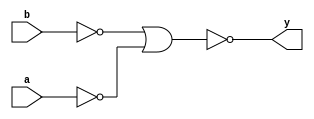
module norToand(input a, b, output y);

wire w1, w2;

nor(w1, a, a);
nor(w2, b, b);
nor(y, w2, w1);

endmodule

module norToand_test;
reg a, b;
wire y;
norToand m(a, b, y);
initial begin
    $dumpfile("dump.vcd");
    $dumpvars;
    a=0; b=0;
    #10 a=0; b=1;
    #10 a=1; b=0;
    #10 a=1; b=1;
    #10 $finish;
end
    
endmodule